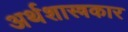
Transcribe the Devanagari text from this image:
अर्थशास्त्रकार